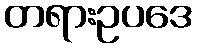
တရားဥပဒေ